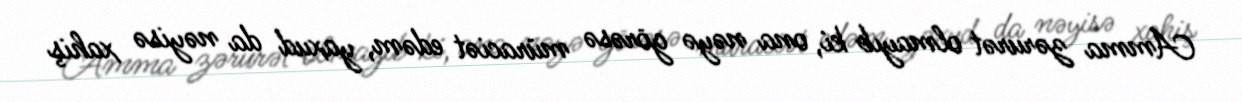
Amma zərurət olmayıb ki, ona nəyə görəsə müraciət edəm, yaxud da nəyisə xahiş